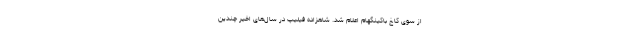
از سوی کاخ باکینگهام اعلام شد. شاهزاده فیلیپ در سال‌های اخیر چندین